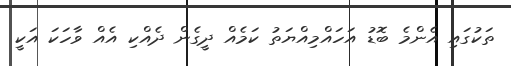
ތަކުގައި އެންމެ ބޮޑު އަހައްމިއްޔަތު ކަމެއް ދީގެން ދެއްކި އެއް ވާހަކަ އަކީ